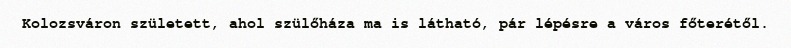
Kolozsváron született, ahol szülőháza ma is látható, pár lépésre a város főterétől.